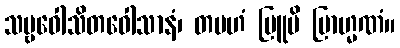
သဗ္ဗဝေါသိတဝေါသာနံ၊ တမဟံ ဗြူမိ ဗြာဟ္မဏံ။